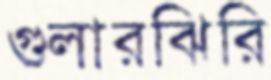
গুলারঝিরি